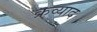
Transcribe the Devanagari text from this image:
क्रव्याद